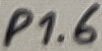
Text: P1.6